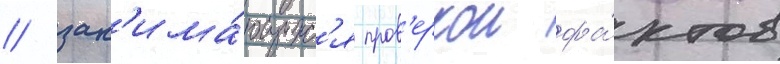
/ зан'има́ющихс'я пров'еркои фа́ктов